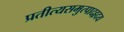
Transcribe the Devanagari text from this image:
प्रतीत्यसमुत्पादहृदय